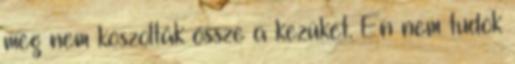
még nem koszolták össze a kezüket. Én nem tudok